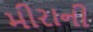
મીરાની